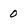
Character: 0